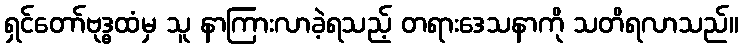
ရှင်တော်ဗုဒ္ဓထံမှ သူ နာကြားလာခဲ့ရသည့် တရားဒေသနာကို သတိရလာသည်။